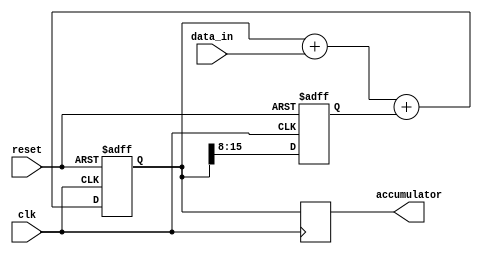
module ParallelAccumulator (
    input wire clk,
    input wire reset,
    input wire [7:0] data_in,
    output reg [15:0] accumulator
);

reg [15:0] temp_accumulator;
reg [7:0] carry;

always @ (posedge clk or posedge reset) begin
    if (reset) begin
        temp_accumulator <= 16'b0;
        carry <= 8'b0;
    end else begin
        temp_accumulator <= temp_accumulator + {8'b0, data_in} + {8'b0, carry};
        carry <= temp_accumulator[15:8];
    end
end

always @ (posedge clk) begin
    accumulator <= temp_accumulator;
end

endmodule